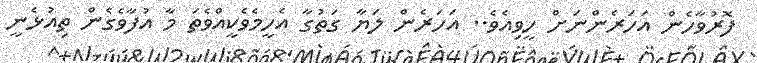
ފޮރުވާހެން އަހަރެންނަށް ހީވިއެވެ.. އަހަރެން ލަޔާ ގަތުގާ އެހީމެވެކީއްވެތަ މާ އުފާވެގެން ތިއުޅެނީ